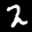
Label: 2